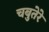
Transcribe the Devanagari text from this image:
चबुतेरे